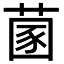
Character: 𦵣